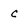
Character: C